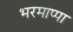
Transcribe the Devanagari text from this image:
भरमाप्पा